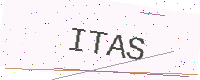
Text: ITAS